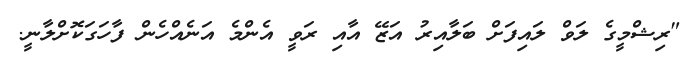
"ރިޝްމީގެ ލަވް ލައިފަށް ބަލާއިރު އަޒޭ އާއި ރަވީ އެންމެ އަނެއްހެން ފާހަގަކޮށްލާނީ.